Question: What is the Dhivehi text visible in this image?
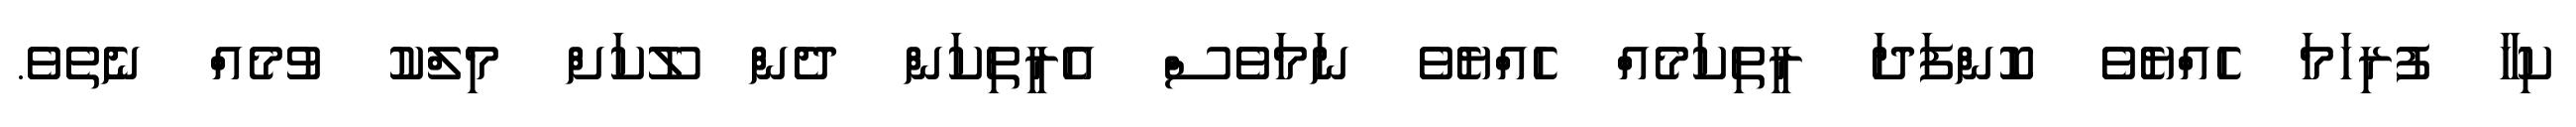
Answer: ކިހާ ފުރިހަމަ ހެއްޔެވެ ކޮންފަދަ ރީތިކަމެއް ހެއްޔެވެ ނަމަވެސް އެރީތިކަން ދެން ލޫކަށް މިލްކު ވުމެއް ނެތެވެ.